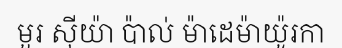
មួរ ស៊ីយ៉ា ប៉ាល់ ម៉ាដេម៉ាយ៉ូរកា